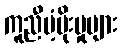
ကူညီပံ့ပိုးမှုများ